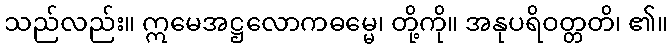
သည်လည်း။ ဣမေအဋ္ဌလောကဓမ္မေ၊ တို့ကို။ အနုပရိဝတ္တတိ၊ ၏။